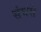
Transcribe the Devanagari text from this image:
संघसे